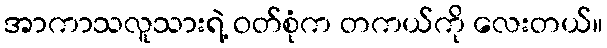
အာကာသလူသားရဲ့ ဝတ်စုံက တကယ်ကို လေးတယ်။